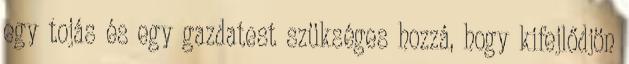
egy tojás és egy gazdatest szükséges hozzá, hogy kifejlődjön